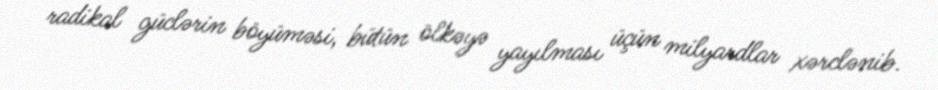
radikal güclərin böyüməsi, bütün ölkəyə yayılması üçün milyardlar xərclənib.